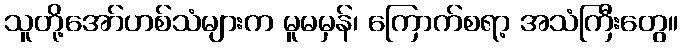
သူတို့အော်ဟစ်သံများက မူမမှန်၊ ကြောက်စရာ့ အသံကြီးတွေ။